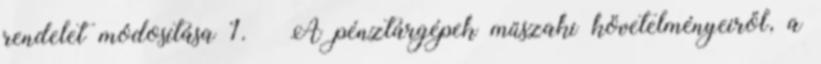
rendelet módosítása 1. § A pénztárgépek műszaki követelményeiről, a